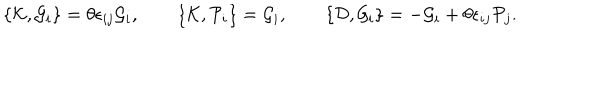
\{ { \cal K } , { \cal G } _ { i } \} = \theta \epsilon _ { i j } { \cal G } _ { i } , \qquad \{ { \cal K } , { \cal P } _ { i } \} = { \cal G } _ { i } , \qquad \{ { \cal D } , { \cal G } _ { i } \} = - { \cal G } _ { i } + \theta \epsilon _ { i j } { \cal P } _ { j } .